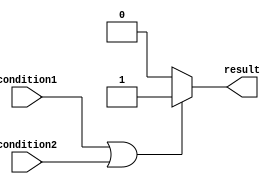
module if_else_block (
    input wire condition1,
    input wire condition2,
    output reg result
);

always @(*) begin
    if (condition1 || condition2) begin
        result <= 1; // execute code block if either condition1 or condition2 is true
    end else begin
        result <= 0; // execute code block if both condition1 and condition2 are false
    end
end

endmodule